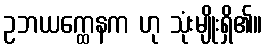
ဥဘယက္ထေနက ဟု သုံးမျိုးရှိ၏။